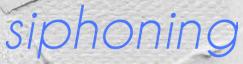
siphoning